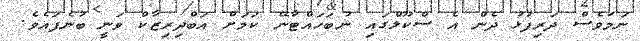
ނަމަވެސް ދަރިފުޅު ދެން އެ ސްކޫލްގައި ނުބަހައްޓާނޭ ކަމަށް އަބްދިރިޒާކް ވަނީ ބުނެފައެވެ.